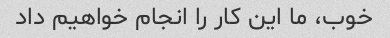
خوب، ما این کار را انجام خواهیم داد